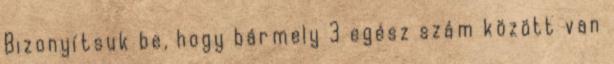
Bizonyítsuk be, hogy bármely 3 egész szám között van